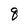
Character: 8